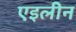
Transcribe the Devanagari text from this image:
एइलीन